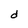
Character: d